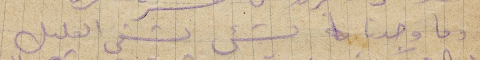
وما وجدنا الشيء الشفي الغليل